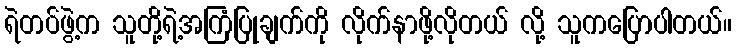
ရဲတပ်ဖွဲ့က သူတို့ရဲ့အကြံပြုချက်ကို လိုက်နာဖို့လိုတယ် လို့ သူကပြောပါတယ်။